Annual report of lunatic asylums [Bombay] - 1912-1922
Year: 1912
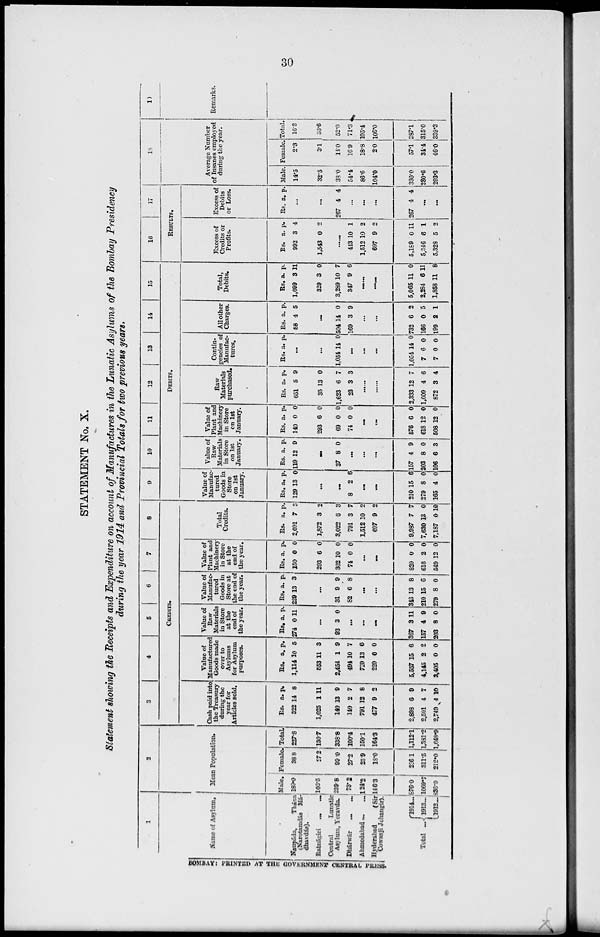
30
STATEMENT No. X.
Statement showing tie Receipts and Expenditure on account of Manufactures in the Lunatic Asylums of the Bombay Presidency
during the year 1914 and Provincial Totals for two previous years.
1
Name of Asylum.
Naupáda,
Thána
(Narotamdás Ma-
dhavdás).
Ratnágiri
Central
Lunatic
Asylum, Yeravda.
Dhárwár
Ahmedabad ...
Hyderabad
(Sir
Cowasji Jehangir).
Total
1914
1913 ...
1912
2
Mean Population.
Male.
189.0
103.5
239.8
73.2
124.2
146.3
876.0
1069.7
836.9
Female.
38.8
27.2
99.0
27.2
25.9
18.0
236.1
311.5
212.0
Total.
227.8
130.7
338.8
100.4
150.1
164.3
1,112.1
1,381.2
1,048.9
3
4
5
6
7
8
CREDITS.
Cash paid into
the Treasury
during the
year for
Articles sold.
Rs.
322
1,025
140
140
791
477
2,898
2,501
2,749
a.
14
1
13
2
12
9
6
4
4
p.
8
11
9
7
8
2
9
7
10
Value of
Manufactured
Goods made
over to
Asylums
for Asylum
purposes.
Rs.
1,114
553
2,454
494
720
220
5,557
4,145
3,405
a.
10
11
1
10
13
0
15
2
0
p.
5
3
9
7
6
0
6
2
0
Value of
Raw
Materials
in Store
at the
end of
the year.
Rs
274
a.
0
p.
11
...
93 3 0
...
...
...
367
157
203
3
4
8
11
9
0
Value of
Manufac-
tured
Goods in
Store at
the end of
the year.
Rs.
229
a.
13
p.
3
...
31
82
9
6
9
8
...
...
343
210
279
13
15
8
8
6
0
Value of
Plant and
Machinery
in Store
at the
end of
the year.
Rs.
150
293
302
74
a.
0
6
10
0
p.
0
0
0
0
...
...
820
616
549
0
2
12
0
0
0
Total
Credits.
Rs.
2,091
1,872
3,022
791
1,512
697
9,987
7,630
7,187
a.
7
3
6
3
10
9
7
13
0
p.
3
2
3
7
2
2
7
0
10
9
10
11
12
13
14
15
DEBITS.
Value of
Manufac-
tured
Goods in
Store
on 1st
January.
Rs.
129
a.
13
p.
0
.......
........
8 2 6
...
...
210
279
165
15
8
4
6
0
0
Value of
Raw
Materials
in Store
on 1st
January.
Rs.
119
a.
12
p.
9
.......
37 8 0
...
...
...
157
203
106
4
8
6
9
0
3
Value of
Plant and
Machinery
in Store
on 1st
January.
Rs.
140
293
69
74
a.
0
6
0
0
p.
0
0
0
0
...
...
576
618
508
6
12
12
0
0
0
Raw
Materials
purchased.
Rs.
651
35
1,623
23
a.
5
13
6
3
p.
9
0
7
3
.......
.......
2,333
1,009
872
12
4
3
7
6
4
Contin-
gencies of
Manufac-
tures.
Rs. a.
p.
...
...
1,054 14 0
...
...
...
1,054
7
7
14
6
0
0
0
0
All other
Charges.
Rs.
58
a.
4
p.
5
...
504
169
14
3
0
9
...
. ..
732
166
199
6
0
2
2
5
1
Total,
Debits.
Rs.
1,099
329
3,289
347
a.
3
3
10
9
p.
11
0
7
6
.......
.......
5,065
2,284
1,858
11
6
11
0
11
8
16
17
RESULTS.
Excess of
Credits or
Profits.
Rs.
992
1,543
a.
3
0
p.
4
2
.......
443
1,512
697
5,189
5,346
5,328
10
10
9
0
8
5
1
2
2
11
1
2
Excess of
Debits
or Loss.
Rs a. p.
...
. ..
267 4 4
...
...
...
267 4 4
...
...
18
Average Number
of Insanes employed
during the year.
Male.
14.5
32.5
38.0
54.4
86.6
104.0
330.0
280.6
293.3
Female.
2.3
3.1
14.0
16.9
18.8
2.0
57.1
34.4
46.0
Total.
16.8
35.6
52.0
71.3
105.4
106.0
387.1
315.0
339.3
19
Remarks.
BOMBAY: PRINTED AT THE GOVERNMENT CENTRAL PRESS.